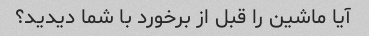
آیا ماشین را قبل از برخورد با شما دیدید؟